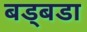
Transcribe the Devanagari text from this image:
बड्बडा